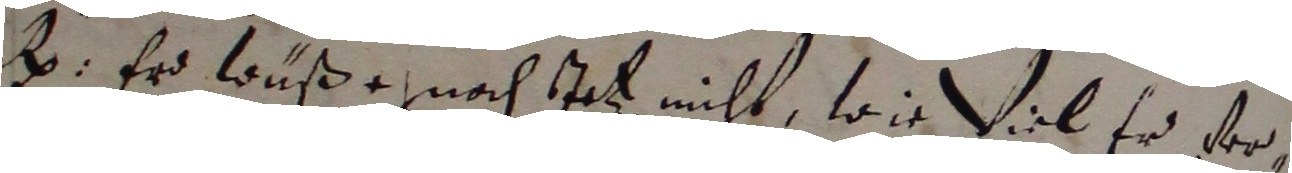
g. er wuße nach iohz nicht, wie viel er ver